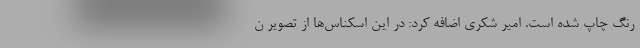
رنگ چاپ شده است. امیر شکری اضافه کرد: در این اسکناس‌ها از تصویر ن